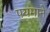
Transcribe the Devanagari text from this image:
पयमाने